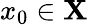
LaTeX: x_{0}\in\mathbf{X}